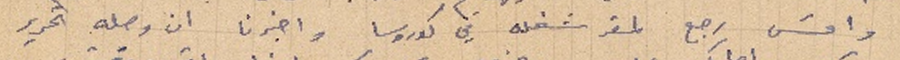
وامسَ رجع لمقر شغله في كوروسا واخبرنا ان وصله تحرير